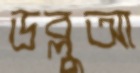
ডব্লুআ